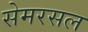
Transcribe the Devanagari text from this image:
सेमरसल